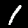
Digit: 1